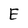
Character: E